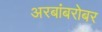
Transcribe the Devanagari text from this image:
अरबांबरोबर